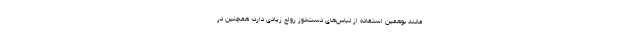
مانند بوهمین استفاده از لباس‌های دست‌دوز رواج زیادی دارد؛ همچنین در